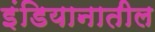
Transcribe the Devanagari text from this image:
इंडियानातील